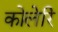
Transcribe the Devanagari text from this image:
कोलेरि